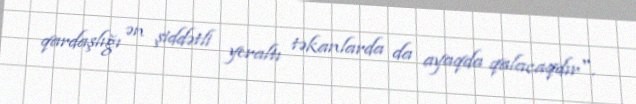
qardaşlığı ən şiddətli yeraltı təkanlarda da ayaqda qalacaqdır".